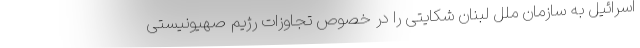
اسرائیل به سازمان ملل لبنان شکایتی را در خصوص تجاوزات رژیم صهیونیستی